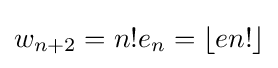
w_{n+2}=n!e_{n}=\lfloor en!\rfloor